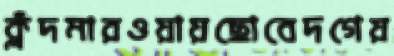
ক্লঁদমারওয়ায়ছোবেদগেয়